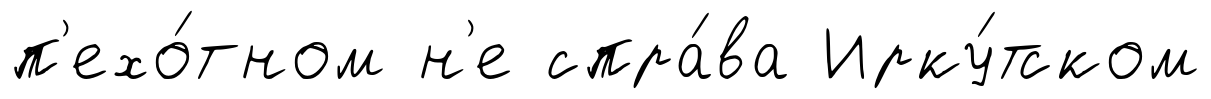
п'ехо́тном н'е спра́ва Ирку́тском